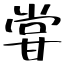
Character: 甞